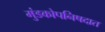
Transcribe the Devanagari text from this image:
मुंडकोपनिषदात